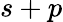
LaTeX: s+p